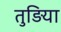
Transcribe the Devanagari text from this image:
तुड़िया